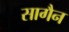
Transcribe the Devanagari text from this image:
सागैन